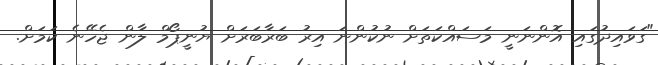
"ގަވައިދުގައި އޮންނަނީ މަސައްކަތަށް ނުކުންނަ އިރު ބަރާބަރަށް ޔުނީޕޯމް ލާން ޖެހޭނެ ކަމަށް.